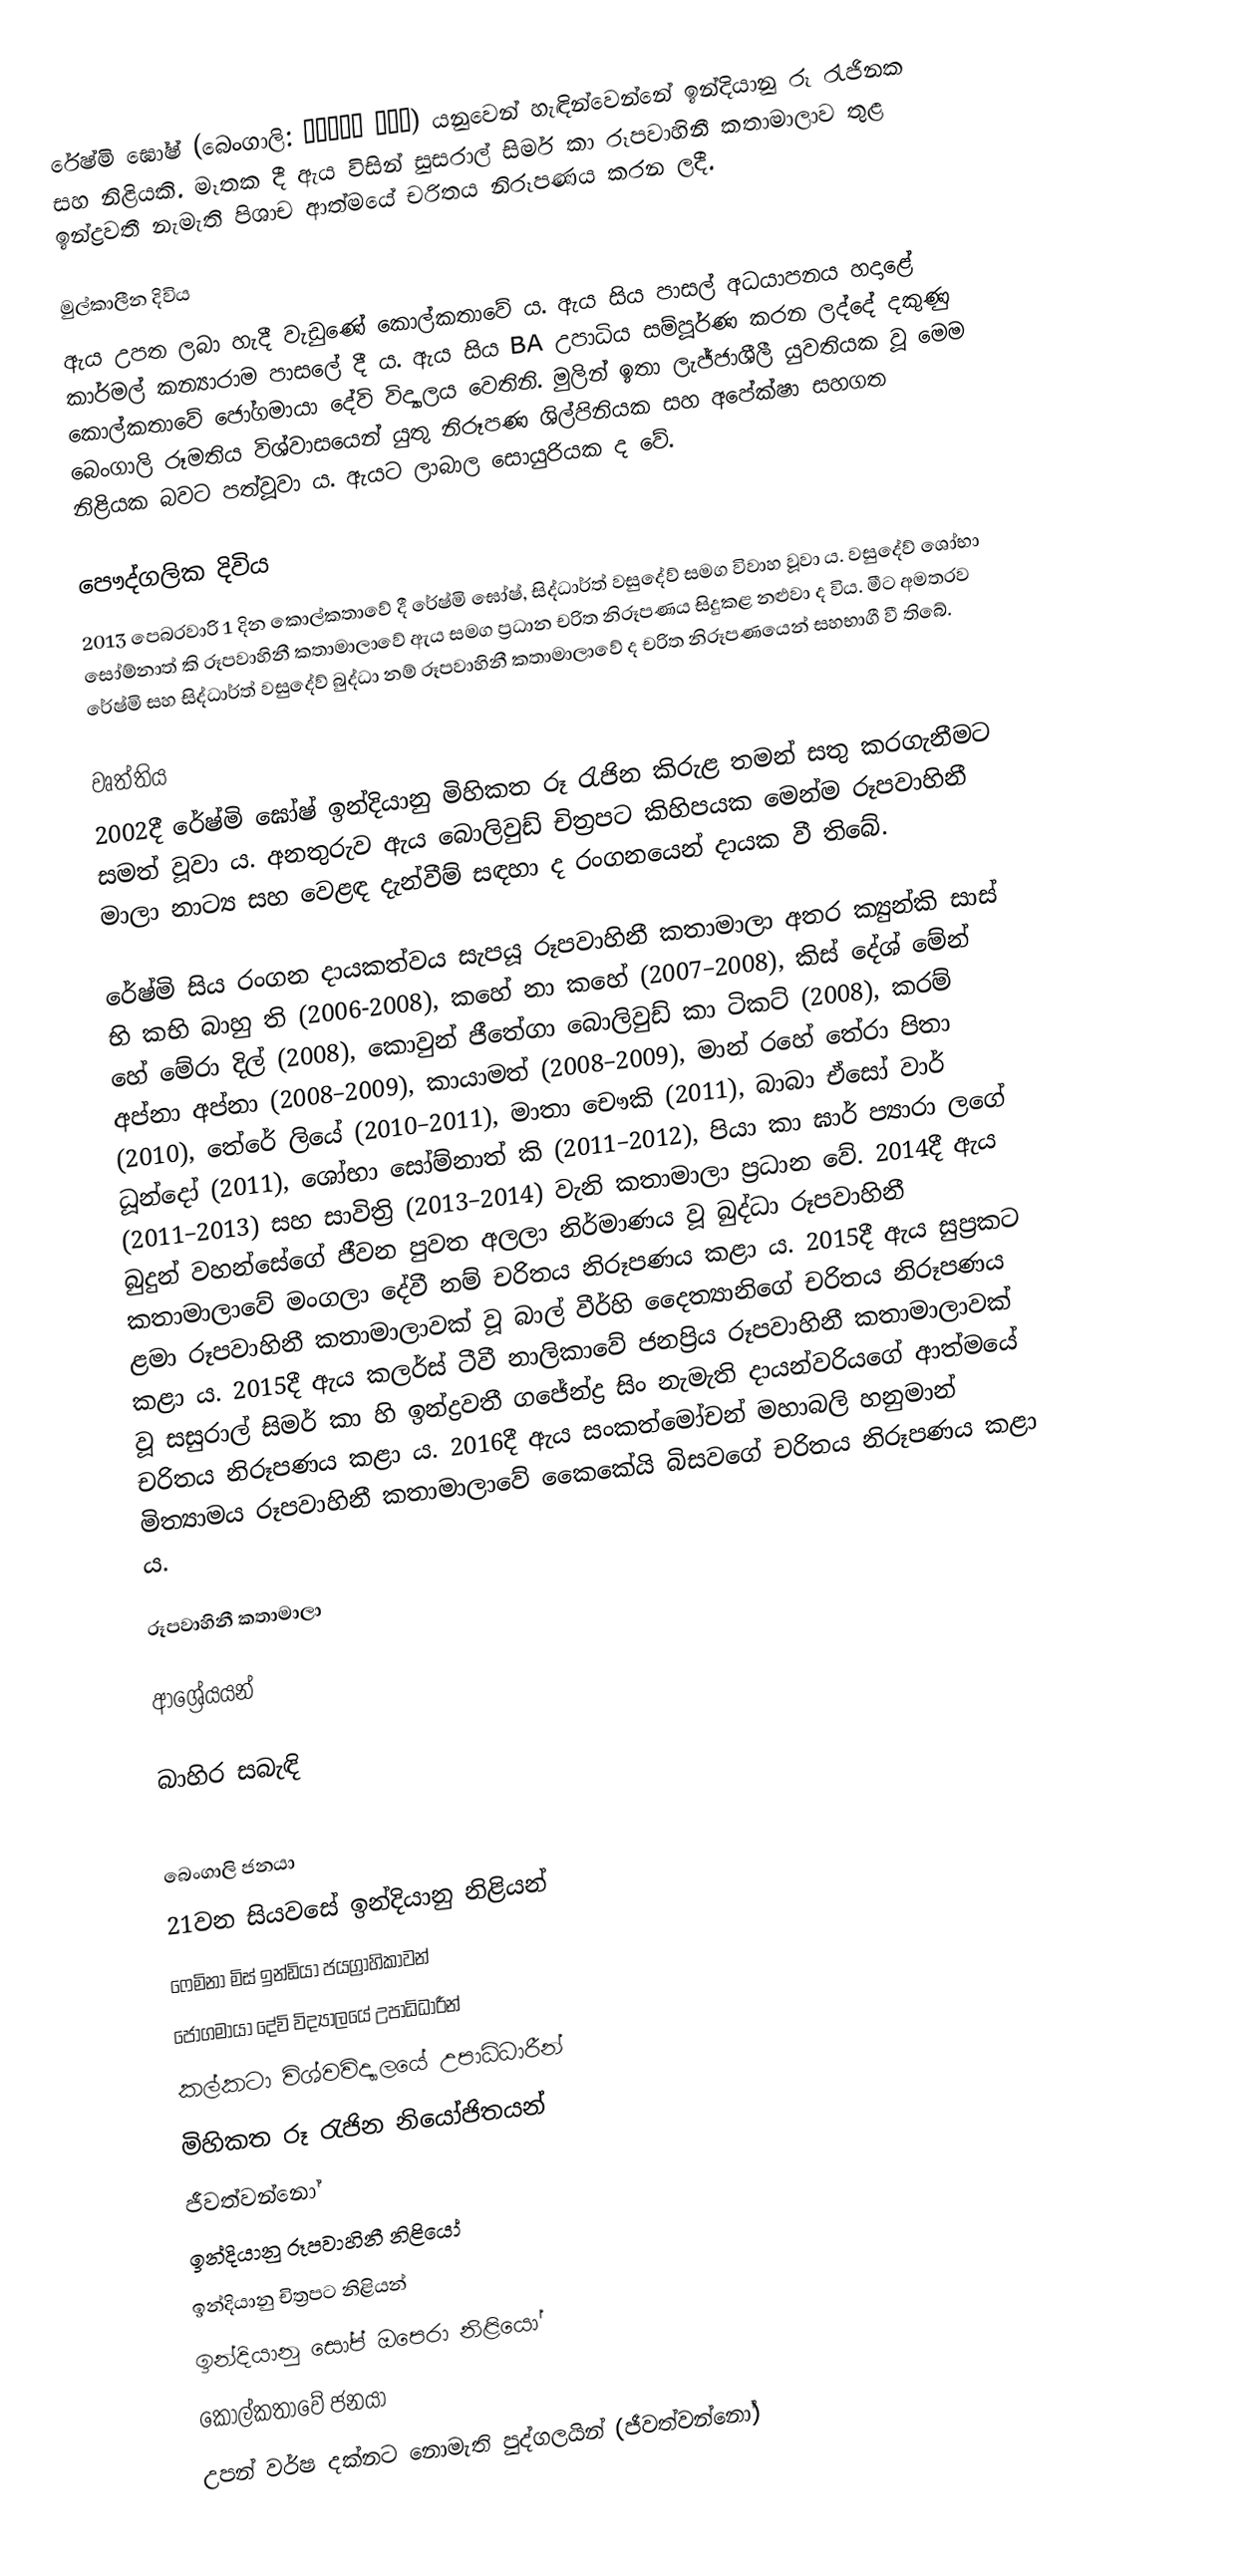
රේෂ්මි ඝෝෂ් (බෙංගාලි: রেশমি ঘোষ) යනුවෙන් හැඳින්වෙන්නේ ඉන්දියානු රූ රැජිනක සහ නිළියකි. මෑතක දී ඇය විසින් සුසරාල් සිමර් කා රූපවාහිනී කතාමාලාව තුළ ඉන්ද්‍රවතී නැමැති පිශාච ආත්මයේ චරිතය නිරූපණය කරන ලදී.

මුල්කාලීන දිවිය
ඇය උපත ලබා හැදී වැඩුණේ කොල්කතාවේ ය. ඇය සිය පාසල් අධයාපනය හදාළේ කාර්මල් කන්‍යාරාම පාසලේ දී ය. ඇය සිය BA උපාධිය සම්පූර්ණ කරන ලද්දේ දකුණු කොල්කතාවේ ජෝගමායා දේවි විද්‍යාලය වෙතිනි. මුලින් ඉතා ලැජ්ජාශීලී යුවතියක වූ මෙම බෙංගාලි රූමතිය විශ්වාසයෙන් යුතු නිරූපණ ශිල්පිනියක සහ අපේක්ෂා සහගත නිළියක බවට පත්වූවා ය. ඇයට ලාබාල සොයුරියක ද වේ.

පෞද්ගලික දිවිය
2013 පෙබරවාරි 1 දින කොල්කතාවේ දී රේෂ්මි ඝෝෂ්, සිද්ධාර්ත් වසුදේව් සමග විවාහ වූවා ය. වසුදේව් ශෝභා සෝම්නාත් කි රූපවාහිනී කතාමාලාවේ ඇය සමග ප්‍රධාන චරිත නිරූපණය සිදුකළ නළුවා ද විය. මීට අමතරව රේෂ්මි සහ සිද්ධාර්ත් වසුදේව් බුද්ධා නම් රූපවාහිනී කතාමාලාවේ ද චරිත නිරූපණයෙන් සහභාගී වී තිබේ.

වෘත්තිය
2002දී රේෂ්මි ඝෝෂ් ඉන්දියානු මිහිකත රූ රැජින කිරුළ තමන් සතු කරගැනීමට සමත් වූවා ය. අනතුරුව ඇය බොලිවුඩ් චිත්‍රපට කිහිපයක මෙන්ම රූපවාහිනී මාලා නාට්‍ය සහ වෙළඳ දැන්වීම් සඳහා ද රංගනයෙන් දායක වී තිබේ.

රේෂ්මි සිය රංගන දායකත්වය සැපයූ රූපවාහිනී කතාමාලා අතර ක්‍යුන්කි සාස් භි කභි බාහු ති (2006-2008), කහේ නා කහේ (2007–2008), කිස් දේශ් මේන් හේ මේරා දිල් (2008), ‍කොවුන් ජීතේගා බොලිවුඩ් කා ටිකට් (2008), කරම් අප්නා අප්නා (2008–2009), කායාමත් (2008–2009), මාන් රහේ තේරා පිතා (2010), තේරේ ලියේ (2010–2011), මාතා චෞකි (2011), බාබා ඒසෝ වාර් ධූන්දෝ (2011), ශෝභා සෝම්නාත් කි (2011–2012), පියා කා ඝාර් ප්‍යාරා ලගේ (2011–2013) සහ සාවිත්‍රි (2013–2014) වැනි කතාමාලා ප්‍රධාන වේ. 2014දී ඇය බුදුන් වහන්සේගේ ජීවන පුවත අලලා නිර්මාණය වූ බුද්ධා රූපවාහිනී කතාමාලාවේ මංගලා දේවී නම් චරිතය නිරූපණය කළා ය. 2015දී ඇය සුප්‍රකට ළමා රූපවාහිනී කතාමාලාවක් වූ බාල් වීර්හි දෛත්‍යානිගේ චරිතය නිරූපණය කළා ය. 2015දී ඇය කලර්ස් ටීවී නාලිකාවේ ජනප්‍රිය රූපවාහිනී කතාමාලාවක් වූ සසුරාල් සිමර් කා හි ඉන්ද්‍රවතී ගජේන්ද්‍ර සිං නැමැති දායන්වරියගේ ආත්මයේ චරිතය නිරූපණය කළා ය. 2016දී ඇය සංකත්මෝචන් මහාබලි හනුමාන් මිත්‍යාමය රූපවාහිනී කතාමාලාවේ කෛකේයි‍ බිසවගේ චරිතය නිරූපණය කළා ය.

රූපවාහිනී කතාමාලා

ආශ්‍රේයයන්

බාහිර සබැඳි

බෙංගාලි ජනයා
21වන සියවසේ ඉන්දියානු නිළියන්
ෆෙමිනා මිස් ඉන්ඩියා ජයග්‍රාහිකාවන්
ජෝගමායා දේවි විද්‍යාලයේ උපාධිධාරීන්
කල්කටා විශ්වවිද්‍යාලයේ උපාධිධාරීන්
මිහිකත රූ රැජින නියෝජිතයන්
ජීවත්වන්නෝ
ඉන්දියානු රූපවාහිනී නිළියෝ
ඉන්දියානු චිත්‍රපට නිළියන්
ඉන්දියානු සෝප් ඔපෙරා නිළියෝ
කොල්කතාවේ ජනයා
උපන් වර්ෂ දක්නට නොමැති පුද්ගලයින් (ජීවත්වන්නෝ)